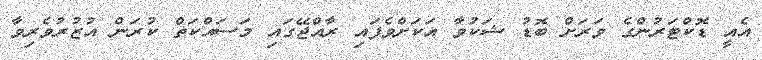
އެއީ ޑޮކްޓަރުންގެ ވަރަށް ބޮޑު ޝަކުވާ އަކަށްވެފައި ރާއްޖޭގައި މަސައްކަތް ކުރަން އުޒުރުވެރިވާ